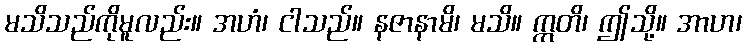
မသိသည်ကိုမူလည်း။ အဟံ၊ ငါသည်။ နဇာနာမိ၊ မသိ။ ဣတိ၊ ဤသို့။ အာဟ၊